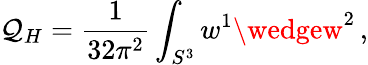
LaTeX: \mathcal{Q}_{H}=\frac{{1}}{{32\pi^{2}}}\int_{S^{3}}w^{1}\wedgew^{2}\, ,